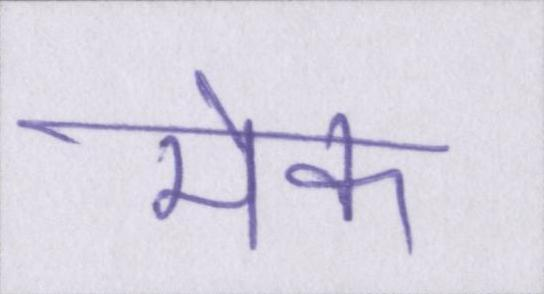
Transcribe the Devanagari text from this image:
मेक